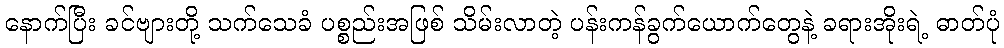
နောက်ပြီး ခင်ဗျားတို့ သက်သေခံ ပစ္စည်းအဖြစ် သိမ်းလာတဲ့ ပန်းကန်ခွက်ယောက်တွေနဲ့ ခရားအိုးရဲ့ ဓာတ်ပုံ